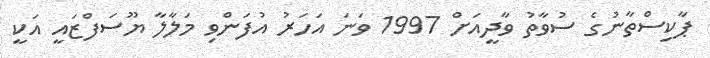
ޕާކިސްތާނުގެ ސުވާތު ވާދީއަށް 1997 ވަނަ އަހަރު އުފަންވި މަލާލާ ޔޫސަފްޒައީ އަކީ